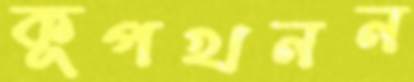
কূপখনন